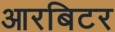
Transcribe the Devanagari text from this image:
आरबिटर